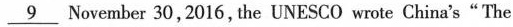
\underline{9} November 30,2016, the UNESCO wrote China's"The